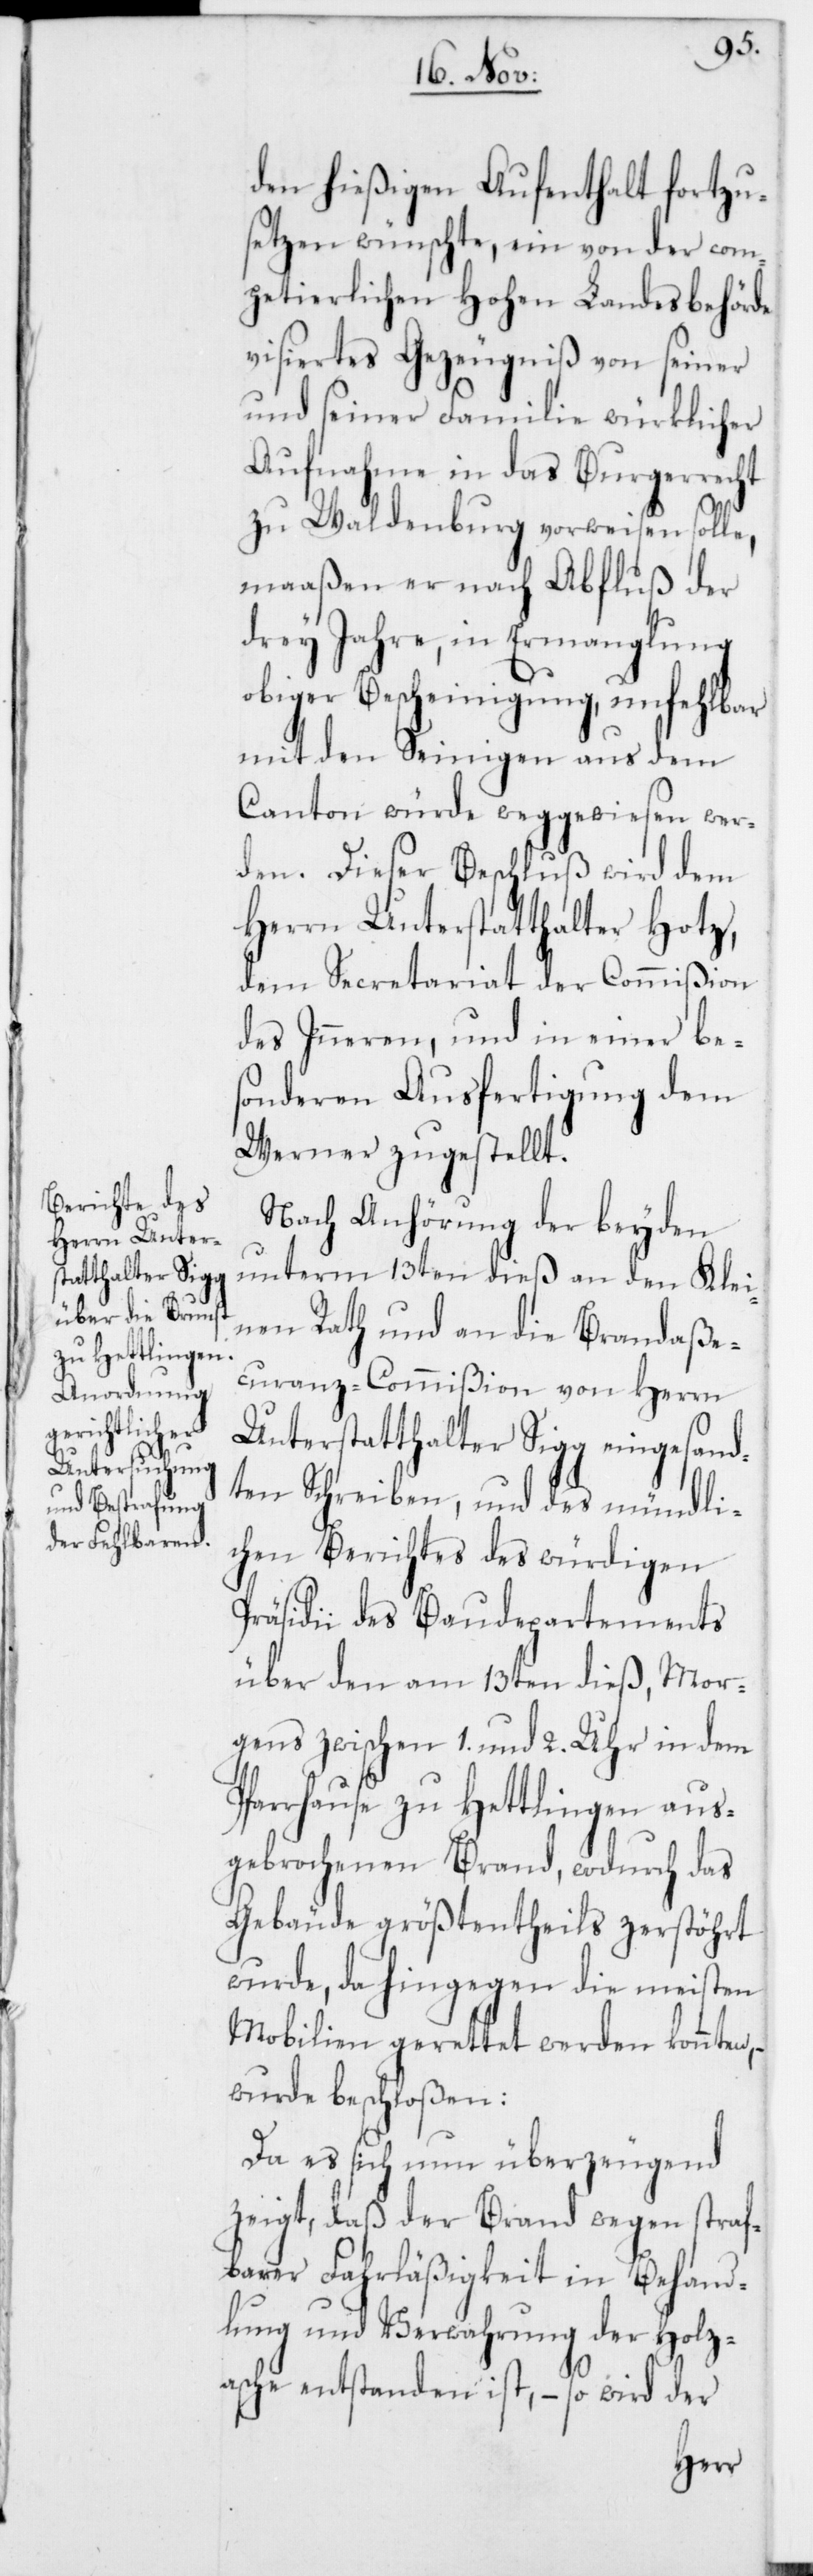
den hießigen Aufenthalt fortzu¬
setzen wünschte, ein von der com¬
petierlichen Hohen Landesbehörde
visiertes Gezeugniß von seiner
und seiner Familie würklicher
Aufnahme in das Burgerrecht
zu Waldenburg vorweisen solle,
maaßen er nach Abfluß der
drey Jahre, in Ermanglung
obiger Bescheinigung, unfehlbar
mit den Seinigen aus dem
Canton würde weggewiesen wer¬
den. Dieser Beschluß wird dem
Herrn Unterstatthalter Hotz,
dem Secretariat der Commißion
des Inneren, und in einer be¬
sonderen Ausfertigung dem
Werner zugestellt.
Nach Anhörung der beyden
unterm 13ten dieß an den Klei¬
nen Rath und an die Brandaße¬
curanz-Commißion von Herrn
Unterstatthalter Sigg eingesand¬
ten Schreiben, und des mündli¬
chen Berichtes des würdigen
Präsidii des Baudepartements
über den am 13ten dieß, Mor¬
gens zwischen 1. und 2. Uhr in dem
Pfarrhause zu Hettlingen aus¬
gebrochenen Brand, wodurch das
Gebäude größtentheils zerstört
wurde, da hingegen die meisten
Mobilien gerettet werden konnten,
wurde beschloßen:
Da es sich nun überzeugend
zeigt, daß der Brand wegen straf¬
barer Fahrläßigkeit in Behand¬
lung und Verwahrung der Holz¬
asche entstanden ist, – so wird der